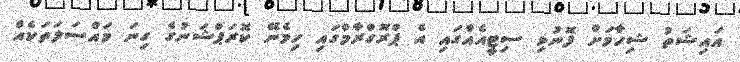
އައިޝަތު ޝިހާމަށް ފޮނުވި ސިޓީއެއްގައި އެ ޕްރޮގްރާމްގައި ހިމެނޭ ކޮރަޕްޝަނުގެ ގިނަ މައްސަލަތަކެއް